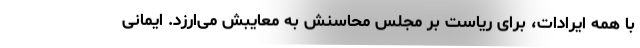
با همه ایرادات، برای ریاست بر مجلس محاسنش به معایبش می‌ارزد. ایمانی